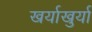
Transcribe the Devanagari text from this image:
खर्याखुर्या